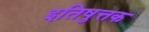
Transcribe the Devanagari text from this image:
इतिषुत्तक